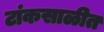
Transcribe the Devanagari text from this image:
टांकसाळीत